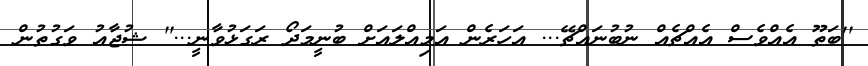
''ބަތޫ އެއްވެސް އެއްޗެއް ނުބުނައްޗޭ... އަހަރެން އަމިއްލައަށް ބުނީމަދޯ ރަގަޅުވާނީ...'' ޝުޖާއު ވަގުތުން